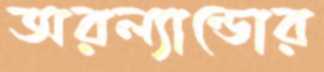
অরল্যান্ডোর